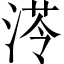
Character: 𱧔